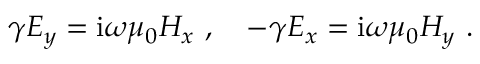
\gamma E _ { y } = \mathrm { i } \omega \mu _ { 0 } H _ { x } \ , \quad - \gamma E _ { x } = \mathrm { i } \omega \mu _ { 0 } H _ { y } \ .